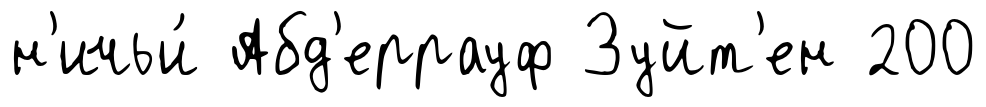
н'ичьи́ Абд'еррауф Зуйт'ен 200